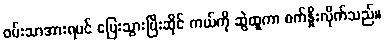
ဝမ်းသာအားရပင် ပြေးသွားပြီးဆိုင် ကယ်ကို ဆွဲထူကာ စက်နှိုးလိုက်သည်။